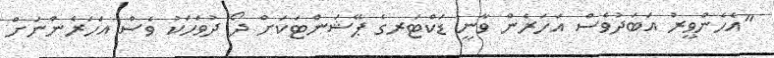
"އެހެންވީރު އަބަދުވެސް އަހަރެން ވާނީ ޑަކްޓަރގެ ޕޭޝަންޓަކަށް ދޯ ދުވަހަކު ވެސް އަހަރެންނަށް